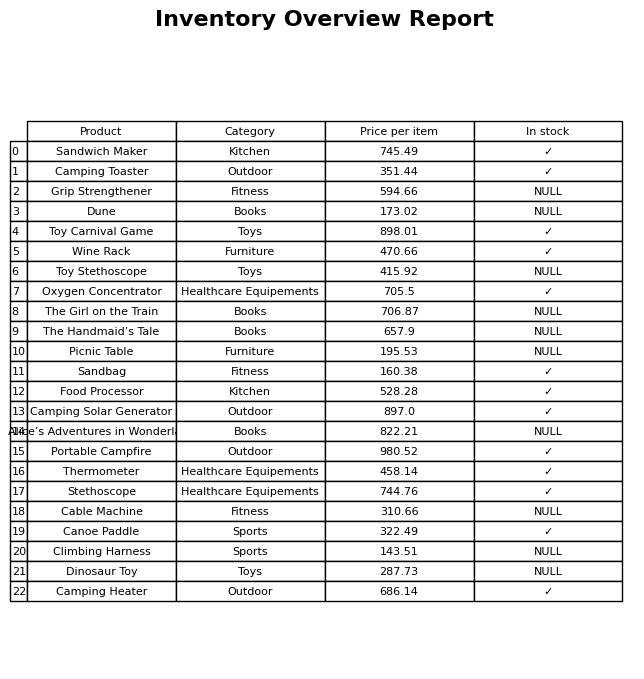
question: Which products are available in stock?
answer: Sandwich Maker, Camping Toaster, Toy Carnival Game, Wine Rack, Oxygen Concentrator, Sandbag, Food Processor, Camping Solar Generator, Portable Campfire, Thermometer, Stethoscope, Canoe Paddle, Camping Heater